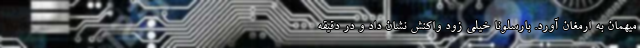
میهمان به ارمغان آورد. بارسلونا خیلی زود واکنش نشان داد و در دقیقه